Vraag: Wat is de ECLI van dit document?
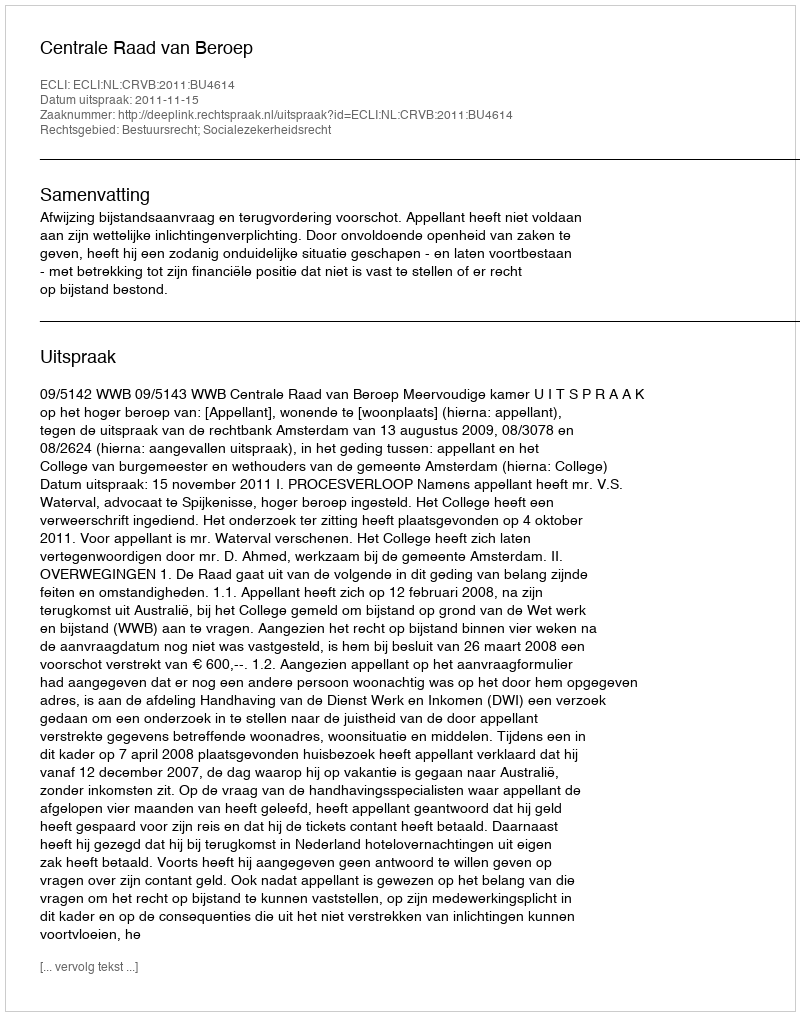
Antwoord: ECLI:NL:CRVB:2011:BU4614